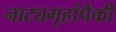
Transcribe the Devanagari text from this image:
नाट्यगृहांपैकी